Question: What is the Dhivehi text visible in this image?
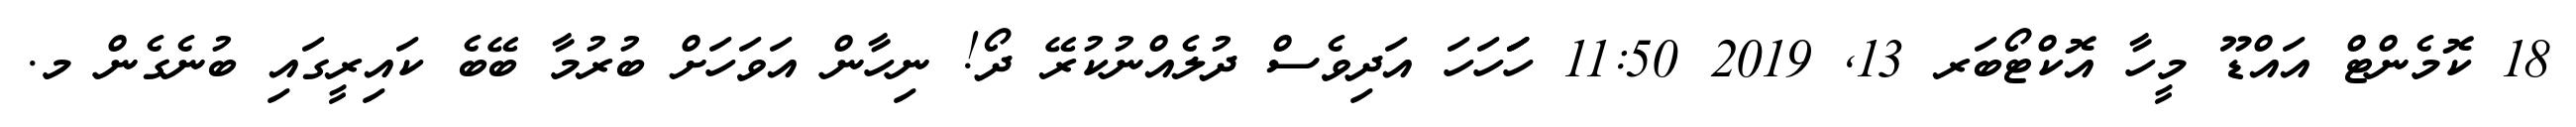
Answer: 18 ކޮމެންޓް އައްޑޫ މީހާ އޮކްޓޯބަރ 13, 2019 11:50 ހަަަހަހަ އަދިވެސް ދުލެއްނުކުރޭ ދޯ! ނިހާން އަވަހަށް ބުރުމާ ބޭބެ ކައިރީގައި ބުނެގެން މ.